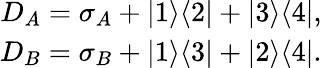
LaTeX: \begin{array}{r}{D_{A}=\sigma_{A}+|1\rangle\langle 2|+|3\rangle\langle 4|,}\\ {D_{B}=\sigma_{B}+|1\rangle\langle 3|+|2\rangle\langle 4|.}\end{array}